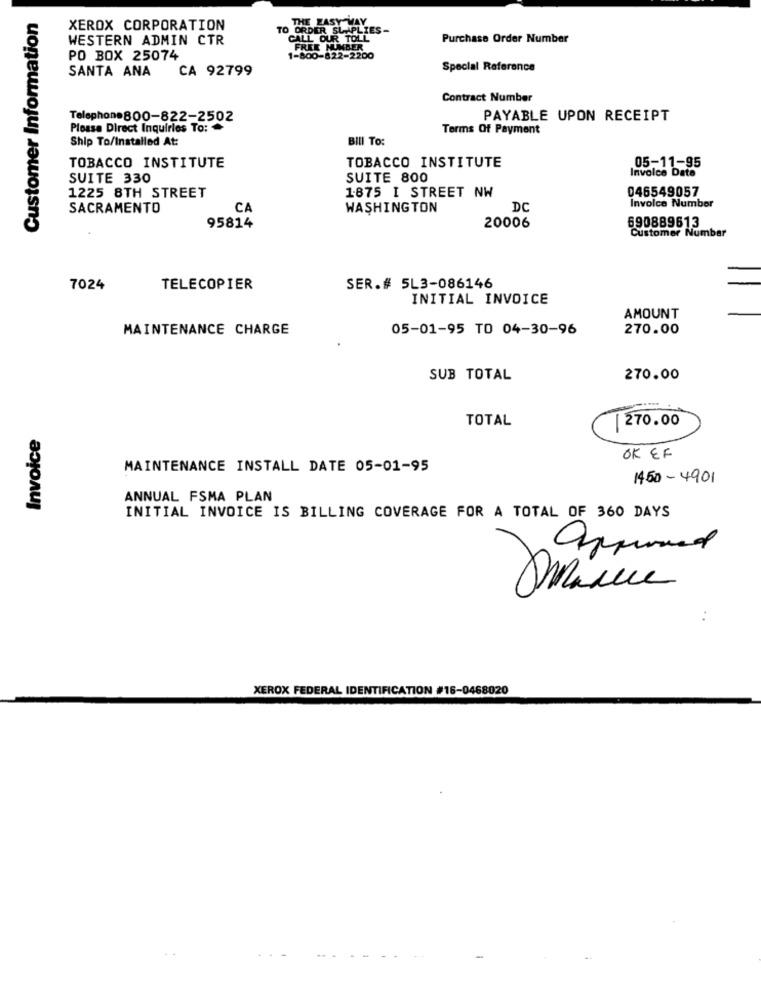
Customer Information
THE EASY WAY
XEROX CORPORATION
TO ORDER SLAPLIES-
WESTERN ADMIN CTR
CALL OUR TOLL
Purchase Order Number
FREE NUMBER
PO BOX 25074
1-800-822-2200
SANTA ANA
CA 92799
Special Reference
Contract Number
Telephone800-822-2502
PAYABLE UPON RECEIPT
Please Direct Inquiries To:
Terms Of Payment
Ship To/Installed At:
BILI To:
TOBACCO INSTITUTE
TOBACCO INSTITUTE
Invoice Date
05-11-95
SUITE 330
SUITE 800
1.875 I STREET NW
046549057
1225 8TH STREET
SACRAMENTO
CA
WASHINGTON
DC
Invoice Number
95814
20006
690889613
Customer Number
7024
TELECOPIER
SER.# 5L3-086146
INITIAL INVOICE
AMOUNT
MAINTENANCE CHARGE
05-01-95 TO 04-30-96
270.00
SUB TOTAL
270.00
TOTAL
270.00
Invoice
OK EF
MAINTENANCE INSTALL DATE 05-01-95
1450-4901
ANNUAL FSMA PLAN
INITIAL INVOICE IS BILLING COVERAGE FOR A TOTAL OF 360 DAYS
approved
XEROX FEDERAL IDENTIFICATION #16-0468020